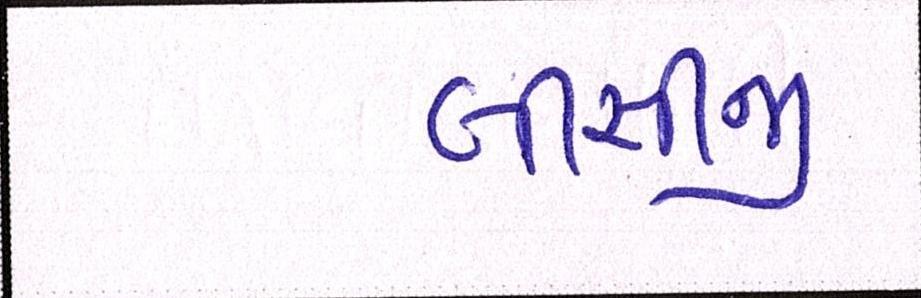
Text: બીસીજી